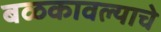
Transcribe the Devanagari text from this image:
बळकावल्याचे